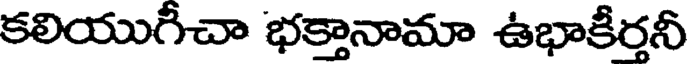
కలియుగీచా భక్తానామా ఉభాకీర్తనీ